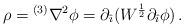
LaTeX: \begin{align*}\rho={}^{(3)}\nabla^{2}\phi=\partial_{\hat{\imath}}(W^{\frac{1}{2}}\partial_{\hat{\imath}}\phi)\, .\end{align*}